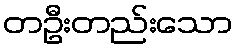
တဦးတည်းသော